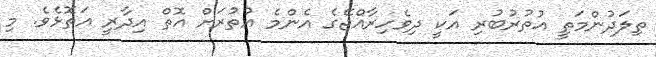
ތިލަދުންމަތީ އުތުރުބުރި އަކީ ދިވެހިރާއްޖޭގެ އެންމެ އުތުރަށް އޮތް އިދާރީ އަތޮޅެވެ. މި